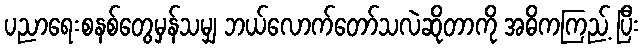
ပညာရေးစနစ်တွေမှန်သမျှ ဘယ်လောက်တော်သလဲဆိုတာကို အဓိကကြည့် ပြီး